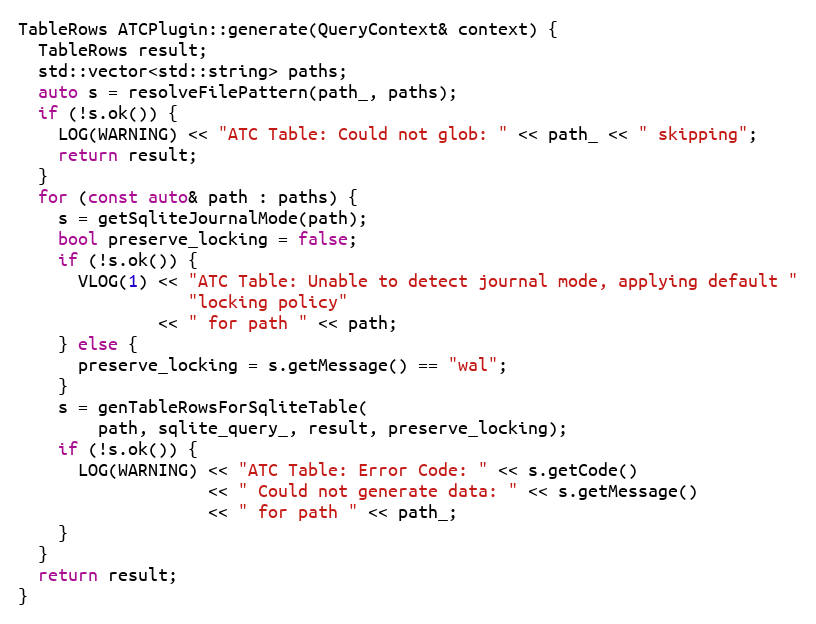
Language: C++
TableRows ATCPlugin::generate(QueryContext& context) {
  TableRows result;
  std::vector<std::string> paths;
  auto s = resolveFilePattern(path_, paths);
  if (!s.ok()) {
    LOG(WARNING) << "ATC Table: Could not glob: " << path_ << " skipping";
    return result;
  }
  for (const auto& path : paths) {
    s = getSqliteJournalMode(path);
    bool preserve_locking = false;
    if (!s.ok()) {
      VLOG(1) << "ATC Table: Unable to detect journal mode, applying default "
                 "locking policy"
              << " for path " << path;
    } else {
      preserve_locking = s.getMessage() == "wal";
    }
    s = genTableRowsForSqliteTable(
        path, sqlite_query_, result, preserve_locking);
    if (!s.ok()) {
      LOG(WARNING) << "ATC Table: Error Code: " << s.getCode()
                   << " Could not generate data: " << s.getMessage()
                   << " for path " << path_;
    }
  }
  return result;
}